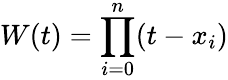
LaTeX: W(t)=\prod_{i=0}^{n}(t-x_{i})